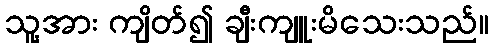
သူ့အား ကျိတ်၍ ချီးကျူးမိသေးသည်။